Annual report on the Civil Veterinary Department, Burma (including the Insein Veterinary School) - 1932-1941
Year: 1932
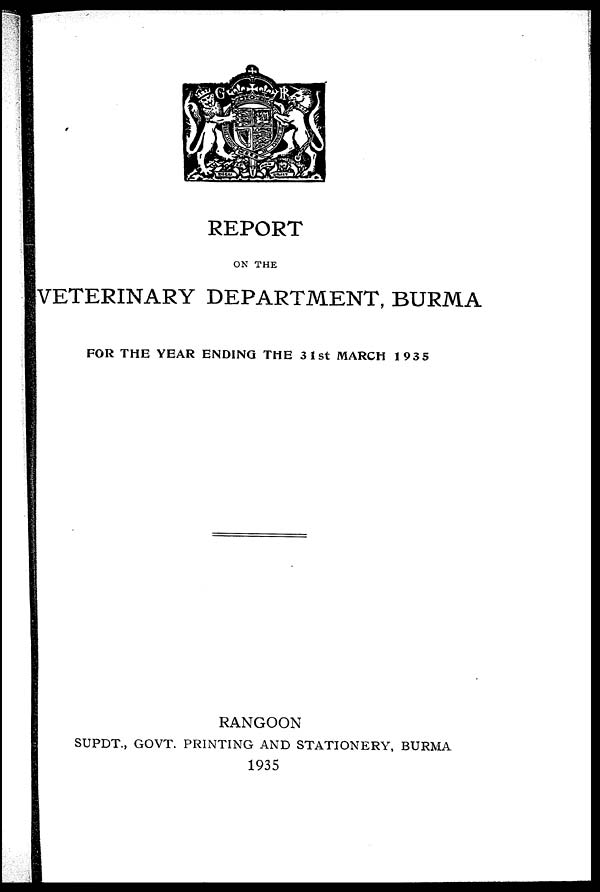
REPORT
ON THE
VETERINARY DEPARTMENT, BURMA
FOR THE YEAR ENDING THE 31st MARCH 1935
RANGOON
SUPDT., GOVT. PRINTING AND STATIONERY, BURMA
1935